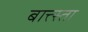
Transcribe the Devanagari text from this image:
बात्त्स्ता